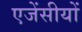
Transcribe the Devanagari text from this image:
एजेंसीयों